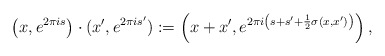
\begin{align*}\left(x,e^{2\pi i s}\right)\cdot (x', e^{2\pi i s'}):=\left(x+x',e^{2\pi i\left(s+s'+\frac{1}{2}\sigma(x,x')\right)}\right),\end{align*}